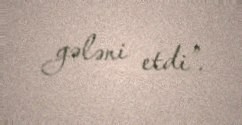
gələni etdi”.